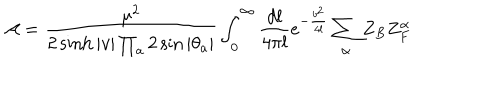
{ \cal A } = \frac { \mu ^ { 2 } } { 2 \sinh | v | \prod _ { a } 2 \sin | \theta _ { a } | } \int _ { 0 } ^ { \infty } \frac { d l } { 4 \pi l } e ^ { - \frac { b ^ { 2 } } { 4 l } } \sum _ { \alpha } Z _ { B } Z _ { F } ^ { \alpha }